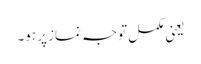
یعنی مکمل توجہ نماز پر ہو۔